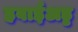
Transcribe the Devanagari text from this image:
हवाईअड्ड